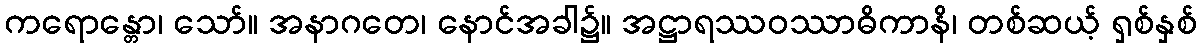
ကရောန္တော၊ သော်။ အနာဂတေ၊ နောင်အခါ၌။ အဋ္ဌာရဿဝဿာဓိကာနိ၊ တစ်ဆယ့် ရှစ်နှစ်